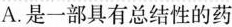
A. 是一部具有总结性的药